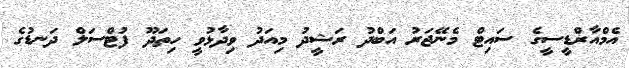
އެމްއާރްޑީސީގެ ސައިޓް މެނޭޖަރު އަބްދު ރަޝީދު މިއަދު ވިދާޅުވީ ހިތަދޫ ފުޓްސަލް ދަނޑުގެ